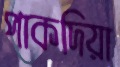
পাকদিয়া